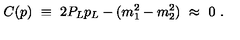
C ( p ) \ \equiv \ 2 P _ { L } p _ { L } - ( m _ { 1 } ^ { 2 } - m _ { 2 } ^ { 2 } ) \ \approx \ 0 \ .